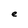
Character: e